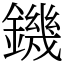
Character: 鐖